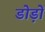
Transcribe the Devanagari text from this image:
डोड़ों